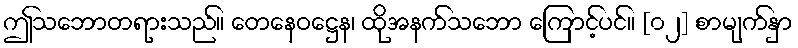
ဤသဘောတရားသည်။ တေနေဝဋ္ဌေန၊ ထိုအနက်သဘော ကြောင့်ပင်။ [၀၂] စာမျက်နှာ